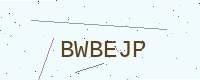
Text: BWBEJP